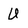
Character: U